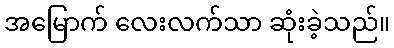
အမြောက် လေးလက်သာ ဆုံးခဲ့သည်။